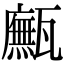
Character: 𤮢